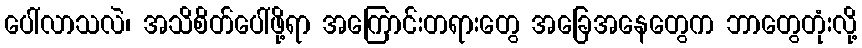
ပေါ်လာသလဲ၊ အသိစိတ်ပေါ်ဖို့ရာ အကြောင်းတရားတွေ အခြေအနေတွေက ဘာတွေတုံးလို့